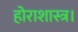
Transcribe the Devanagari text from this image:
होराशास्त्र।